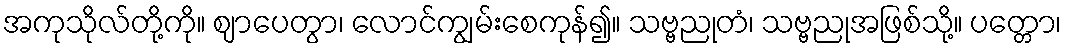
အကုသိုလ်တို့ကို။ ဈာပေတွာ၊ လောင်ကျွမ်းစေကုန်၍။ သဗ္ဗညုတံ၊ သဗ္ဗညုအဖြစ်သို့။ ပတ္တော၊